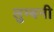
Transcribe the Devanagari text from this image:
लुम्बनी